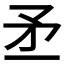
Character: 𥍝